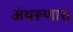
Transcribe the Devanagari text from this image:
अंथरूणास